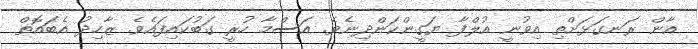
އާން ރަނގަޅަށްތި އިވުނީ އުލްފާ ޔަގީންކަންދިނެވެ. އަސްމާ ހުރީ ގަބުކައިފައެވެ. ޒާހިދު އެބައޮތް